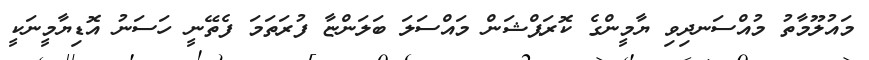
މައުލޫމާތު މުއްސަނދިވި ޔާމީންގެ ކޮރަޕްޝަން މައްސަލަ ބަލަންޏާ ފުރަތަމަ ފެތޭނީ ހަސަނު އޮޑިޔާމީނަކީ